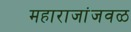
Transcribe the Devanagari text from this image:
महाराजांजवळ